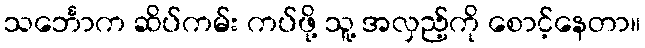
သင်္ဘောက ဆိပ်ကမ်း ကပ်ဖို့ သူ့ အလှည့်ကို စောင့်နေတာ။